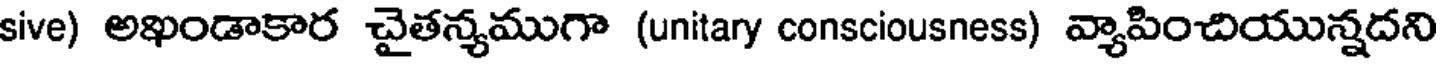
sive) అఖండాకార చైతన్యముగా (unitary consciousness) వ్యాపించియున్నదని